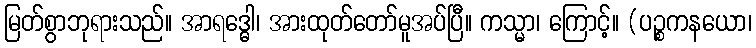
မြတ်စွာဘုရားသည်။ အာရဒ္ဓေါ၊ အားထုတ်တော်မူအပ်ပြီ။ ကသ္မာ၊ ကြောင့်။ (ပဉ္စကနယော၊